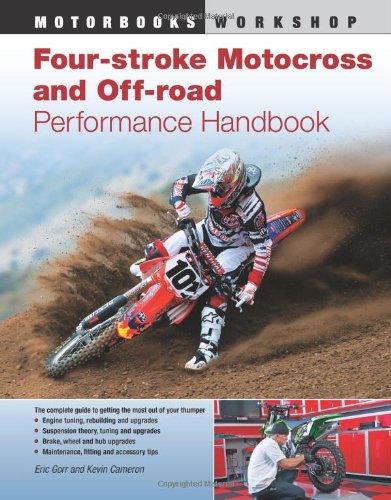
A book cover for Four-Stroke Motocross and Off-Road Performance Handbook (Motorbooks Workshop); Eric Gorr; Sports & Outdoors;